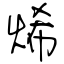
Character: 烯